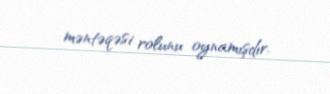
məntəqəsi rolunu oynamışdır.